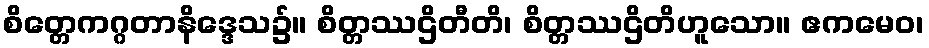
စိတ္တေကဂ္ဂတာနိဒ္ဒေသ၌။ စိတ္တဿဌိတီတိ၊ စိတ္တဿဌိတိဟူသော။ ဧကမေဝ၊